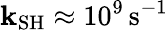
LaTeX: \mathbf{k}_{\mathrm{{SH}}}\approx10^{9}\, \mathrm{{s}}^{-1}